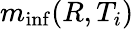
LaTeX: m_{\operatorname*{inf}}(R,T_{i})